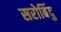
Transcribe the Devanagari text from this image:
सरोबिंदु